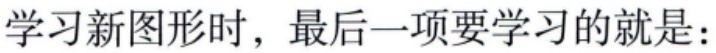
学习新图形时，最后一项要学习的就是：